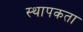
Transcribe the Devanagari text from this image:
स्थापकता